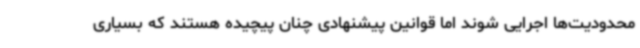
محدودیت‌ها اجرایی شوند اما قوانین پیشنهادی چنان پیچیده هستند که بسیاری